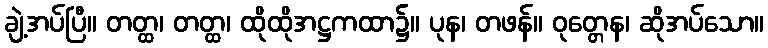
ချဲ့အပ်ပြီ။ တတ္ထ၊ တတ္ထ၊ ထိုထိုအဋ္ဌကထာ၌။ ပုန၊ တဖန်။ ဝုတ္တေန၊ ဆိုအပ်သော။